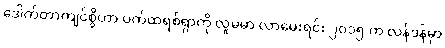
ဒေါက်တာကျင်စွိဟာ ပက်ထရစ်ရှာကို လူမမာ လာမေးရင်း ၂၀၁၅ က လန်ဒန်မှာ